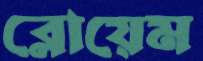
ব্লোয়েম